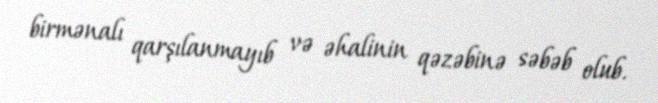
birmənalı qarşılanmayıb və əhalinin qəzəbinə səbəb olub.